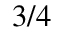
3 / 4